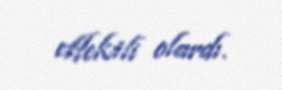
effektli olardı.